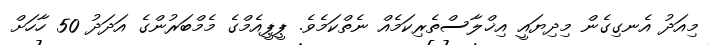
މިއަދު އެނގިގެން މިދިޔައީ އިޚްލާސްތެރިކަމެއް ނެތްކަމެވެ. ޕީޕީއެމްގެ މެމްބަރުންގެ އަދަދު 50 ހާހަށް